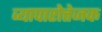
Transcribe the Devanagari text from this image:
व्यापारोत्तेजक